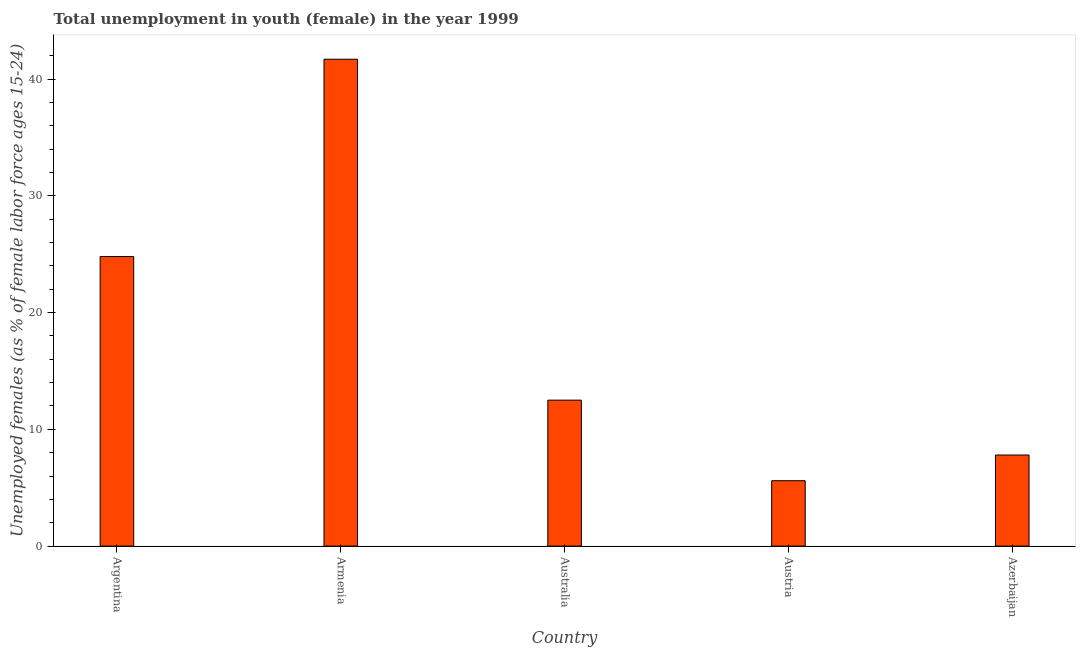
| Country | Unemployment |
 | --- | --- |
 | Argentina | 24.8 |
 | Armenia | 41.7 |
 | Australia | 12.5 |
 | Austria | 5.6 |
 | Azerbaijan | 7.8 |